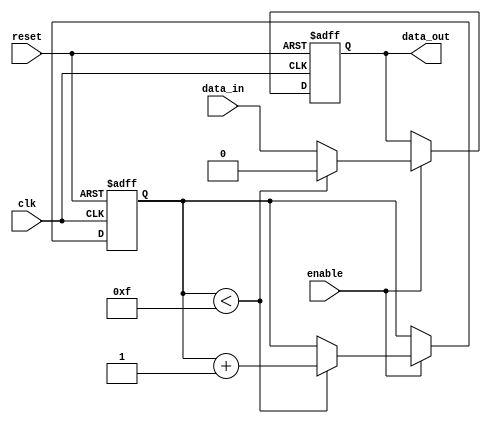
module nand_gate_delay (
    input wire clk,  // System clock input
    input wire reset,  // Reset signal input
    input wire enable,  // Enable signal input
    input wire data_in,  // Input data signal
    output reg data_out  // Output delayed data signal
);

reg [3:0] delay_count;

always @(posedge clk or posedge reset) begin
    if (reset) begin
        delay_count <= 4'b0000;  // Reset delay count to zero
        data_out <= 1'b0;  // Reset output data
    end else if (enable) begin
        if (delay_count < 4'b1111) begin
            delay_count <= delay_count + 1;  // Increment delay count
            data_out <= 1'b0;  // Maintain output low
        end else begin
            data_out <= data_in;  // Output delayed data
        end
    end
end

endmodule